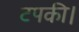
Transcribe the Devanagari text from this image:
टपकी।